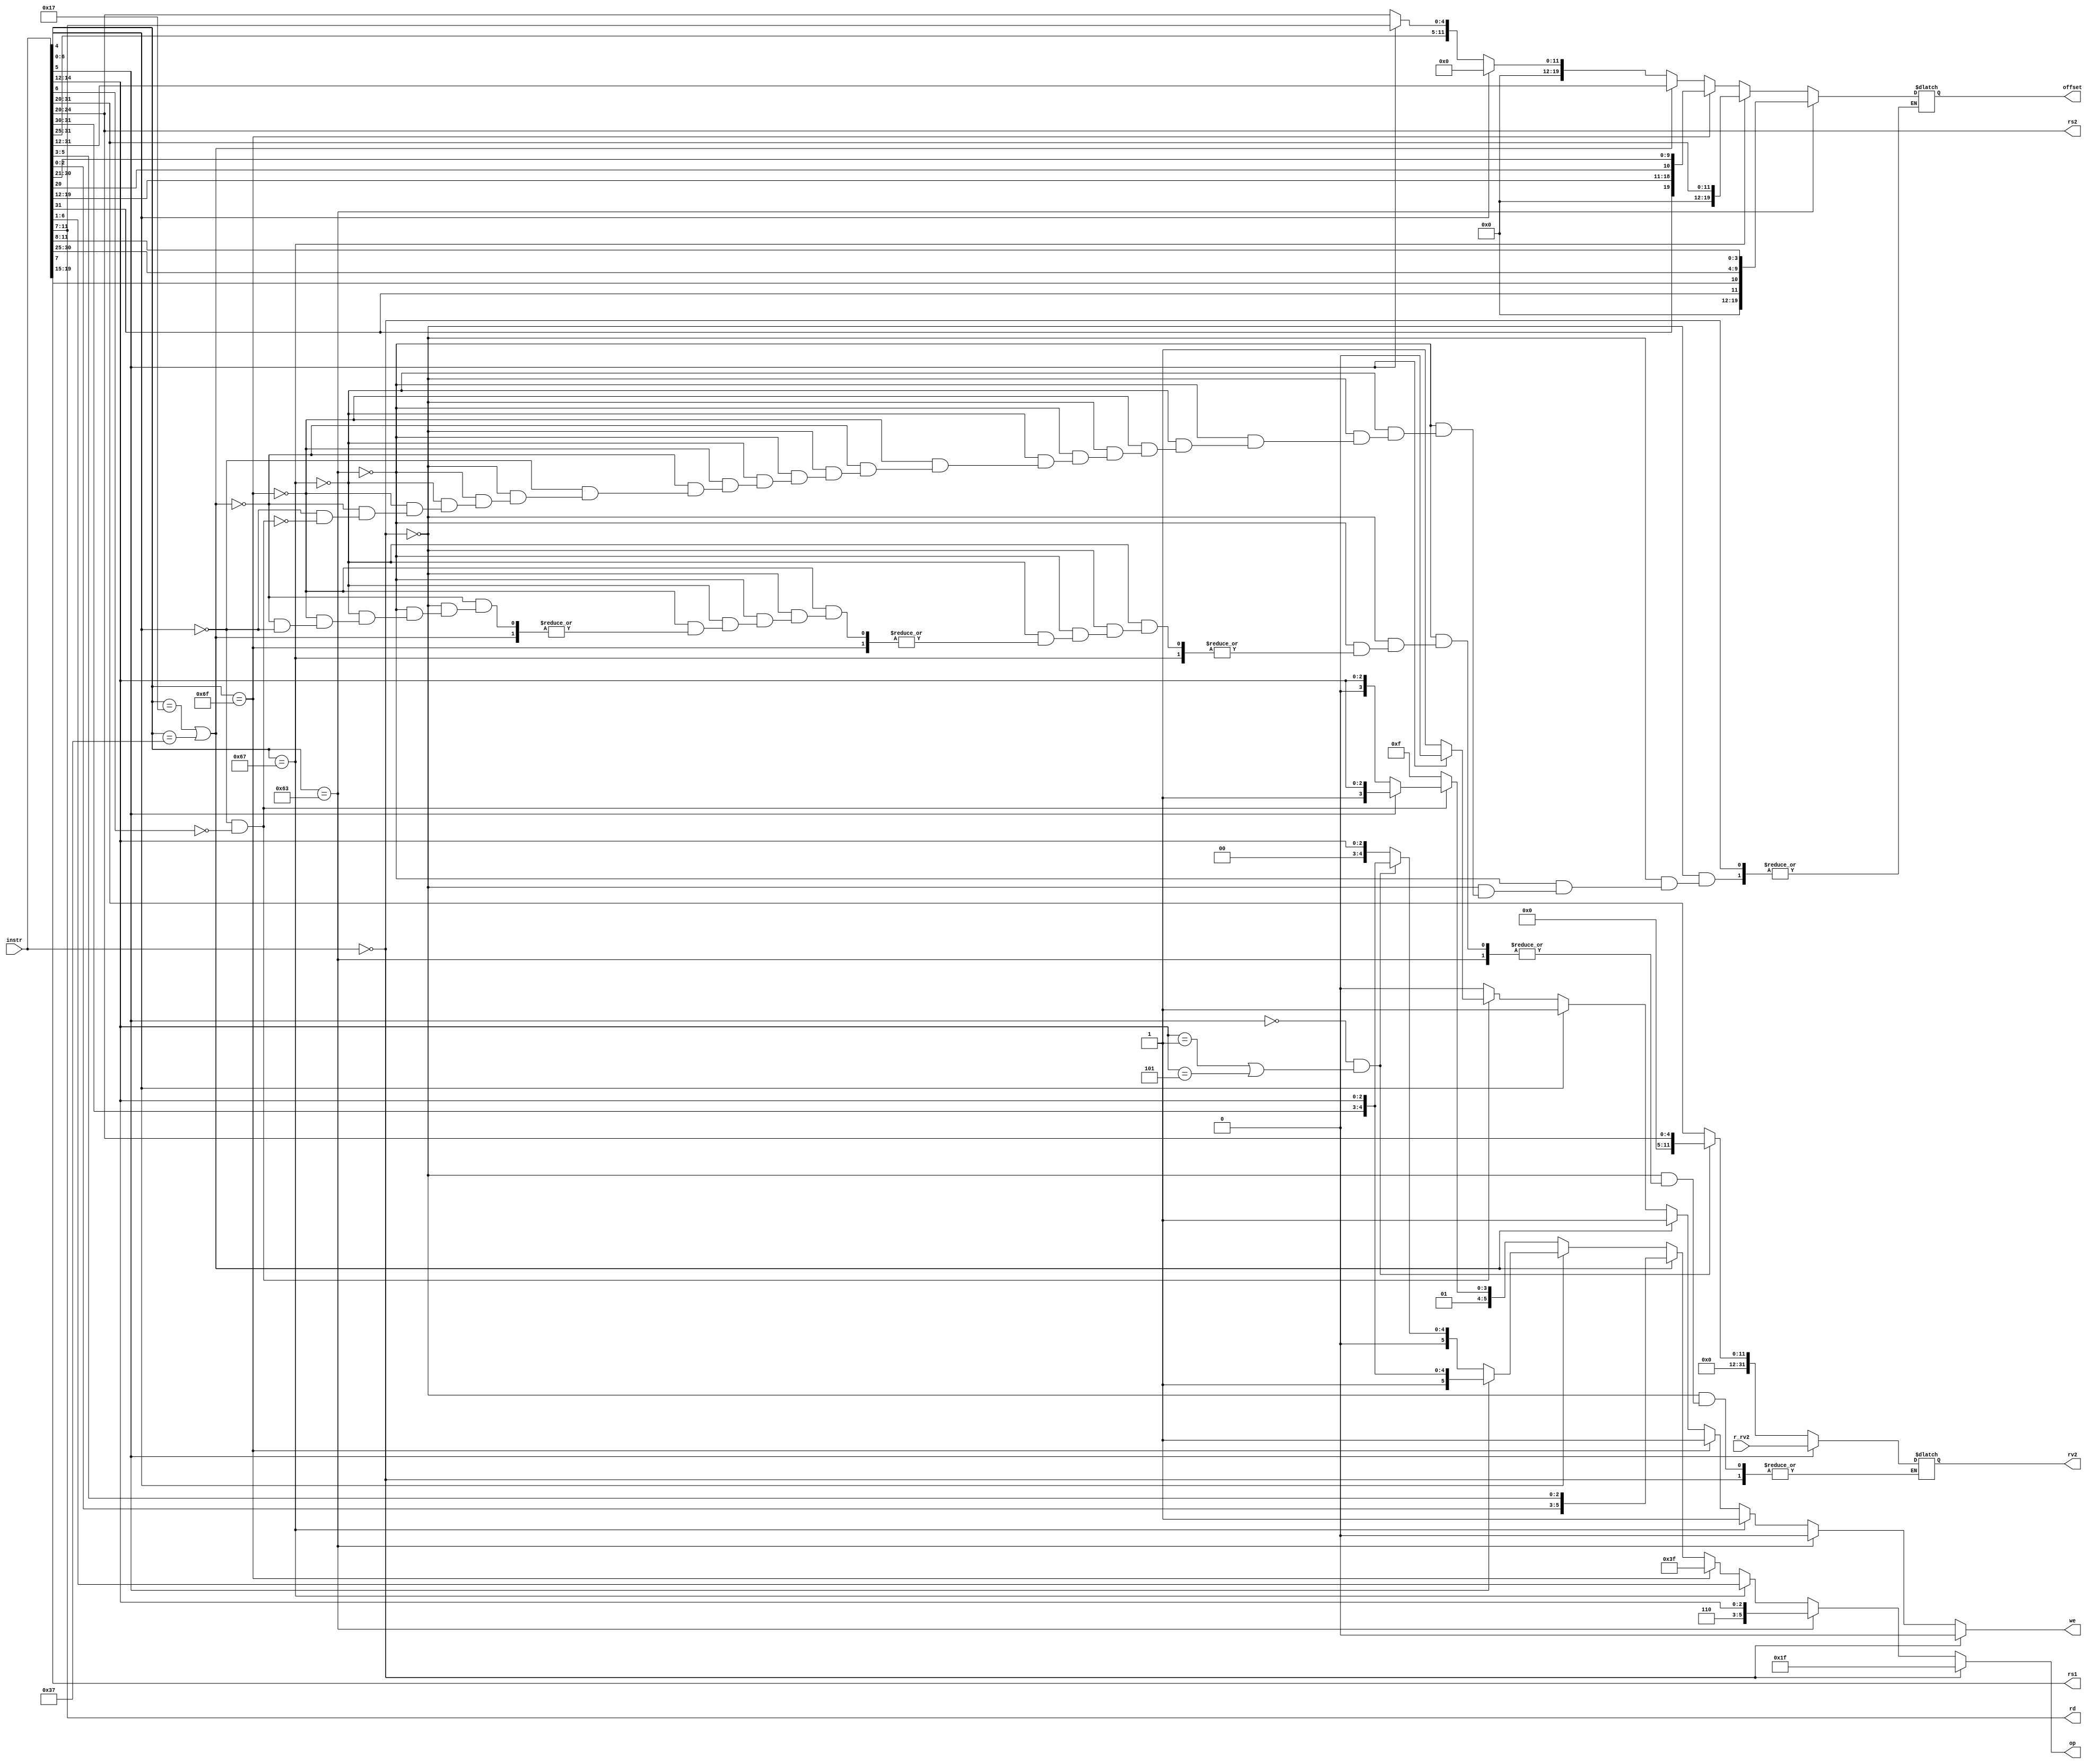
module decoder(
    input [31:0] instr,  // Full 32-b instruction
    output [5:0] op,     // some operation encoding of your choice
    output [4:0] rs1,    // First operand
    output [4:0] rs2,    // Second operand
    output [4:0] rd,     // Output reg
    input  [31:0] r_rv2, // From RegFile
    output [31:0] rv2,   // To ALU
    output we,           // Write to reg
    output [19:0] offset
);

	reg[5:0] op;
	reg[31:0] rv2;
	reg[4:0] rs1;
	reg[4:0] rs2;
	reg[4:0] rd;
	reg we;                 // For writing to regfile set to 1
	reg [19:0] offset;
	reg [31:0] daddr;

	// decoding the instuction based on the type of instruction and extracting the required addresses,opcodes and offsets

	always@(*)
	
	begin
	if (instr == 0)            
		begin
		op = 6'h1f;
		we = 0;
		end
		
	else if (instr[6:0] == 7'b1100011)
	
	begin
		op = {3'b110, instr[14:12]};
		offset = {instr[31], instr[7], instr[30:25], instr[11:8]};
		we = 0;
	end
	
	else if (instr[6:0] == 7'b1100111)
	begin
		op = instr[6:1]; 
		offset = instr[31:20];
		we = 1;
	end
	
	else if (instr[6:0] == 7'b1101111)
	begin
		op = 6'b111111;
		offset = {instr[31], instr[19:12], instr[20], instr[30:21]};
		we = 1;
	end
	
	else if ((instr[6:0] == 7'b0010111) || (instr[6:0] == 7'b0110111))
	begin
		op = {instr[2:0],instr[5:3]};
		offset = instr[31:12];
		we = 1;
	end	

		
	else if (instr[4] == 1) 
	begin	
		if (instr[5] == 1)	     
		begin
			op = {instr[5], instr[31:30], instr[14:12]};    //opcode extraction for alu
			rv2 = r_rv2;                    //getting value of second operand from memory
		end
		
		else if ((instr[5] == 0) && ((instr[14:12] == 3'b001) || (instr[14:12] == 3'b101)))
		begin
			op = {instr[5], instr[31:30], instr[14:12]};    //opcode extraction for alu
			rv2 = instr[24:20];        //getting immediate value of second operand from instruction
		end
		
		else 
		begin
			op = {instr[5], 2'b00, instr[14:12]};          //opcode extraction for alu
			rv2 = instr[31:20];       //getting immediate value of second operand from instruction
		end
		
    we = 1;                
    offset = 0;

	end   
	
	else if ((instr[4] == 0) && (instr[6] == 0))   // 
	begin
		if (instr[5] == 1)
		begin
			op = {2'b01, 1'b1, instr[14:12]};
			offset = {instr[31:25], instr[11:7]};			
			we = 0;			 
		end
		
		else 
		begin		
			op = {2'b01, 1'b0, instr[14:12]};
			offset = instr[31:20];
			we = 1;			
		end	
		
	end
	
	else
		begin 
		op = 6'h1f;
		we = 0;
		end
	

	rs1 = instr[19:15];    //getting address for first operand
    rs2 = instr[24:20];    //getting address for second operand
    rd = instr[11:7];      //getting address for output storage
    
	end

endmodule